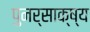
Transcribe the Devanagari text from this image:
पुनर्साक्ष्य